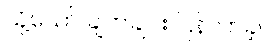
သို့သော် ချက်ချင်း ပြန်လာခဲ့။